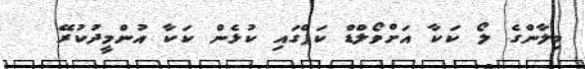
މިލާންގެ ލޯ ކަކާ އަށްވޯލްޑް ކަޕްގައި ކުޅެން ކަކާ އުންމީދުކުރޭ